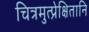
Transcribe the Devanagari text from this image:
चित्रमुत्प्रेक्षितानि